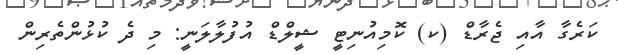
ކަރެގާ އާއި ޖެރާޑް (ކ) ކޮމިއުނިޓީ ޝީލްޑް އުފުލާލަނީ: މި ދެ ކުޅުންތެރިން